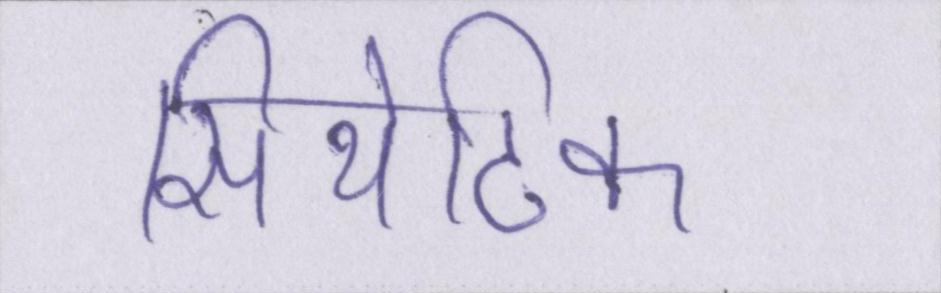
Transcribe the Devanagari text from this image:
सिंथेटिक